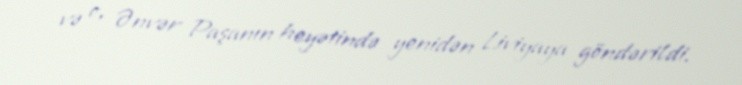
və o, Ənvər Paşanın heyətində yenidən Liviyaya göndərildi.